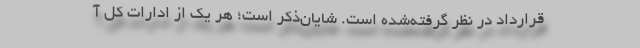
قرارداد در نظر گرفته‌شده است. شایان‌ذکر است؛ هر یک از ادارات کل آ